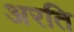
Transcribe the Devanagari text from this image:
अरति